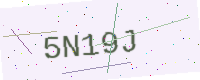
Text: 5N19J